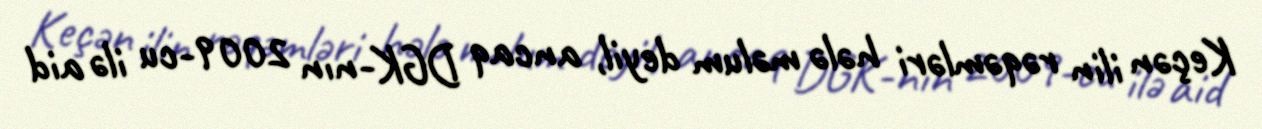
Keçən ilin rəqəmləri hələ məlum deyil, ancaq DGK-nın 2009-cu ilə aid